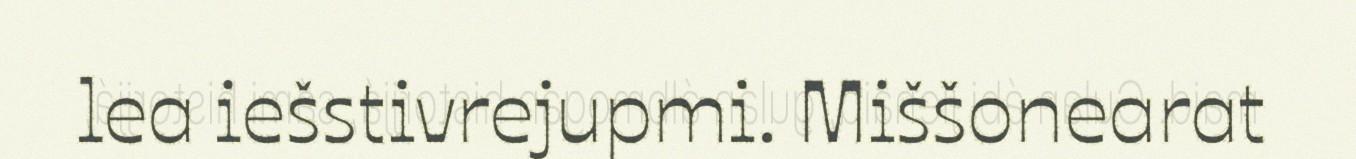
lea iešstivrejupmi. Miššonearat